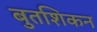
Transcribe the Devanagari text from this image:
बुतशिकन